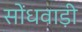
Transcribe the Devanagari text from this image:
सोंधवाड़ी